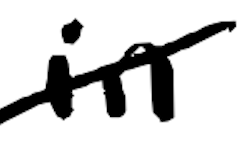
Text: in
Cross-out: diagonal
Writing tool: digital_black